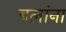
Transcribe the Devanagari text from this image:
बलांना